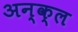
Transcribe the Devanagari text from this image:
अन्क्ल